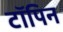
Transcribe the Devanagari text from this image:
टॉपिन